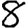
Digit: 8